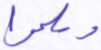
وسلموا